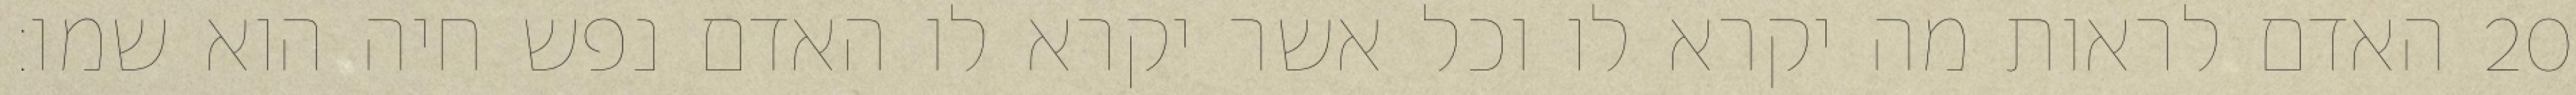
האדם לראות מה יקרא לו וכל אשר יקרא לו האדם נפש חיה הוא שמו׃ ‎20‏